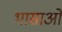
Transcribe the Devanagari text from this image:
भासाओ